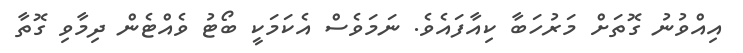
އިއްވުނު ގޮތަށް މަރުހަބާ ކިއާފައެވެ. ނަމަވެސް އެކަމަކީ ބޯޓު ވެއްޓެން ދިމާވި ގޮތާ